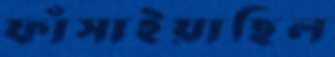
ফাঁসাইয়াছিল